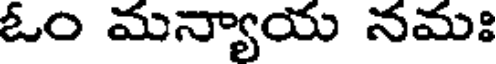
ఓం మన్యాయ నమః